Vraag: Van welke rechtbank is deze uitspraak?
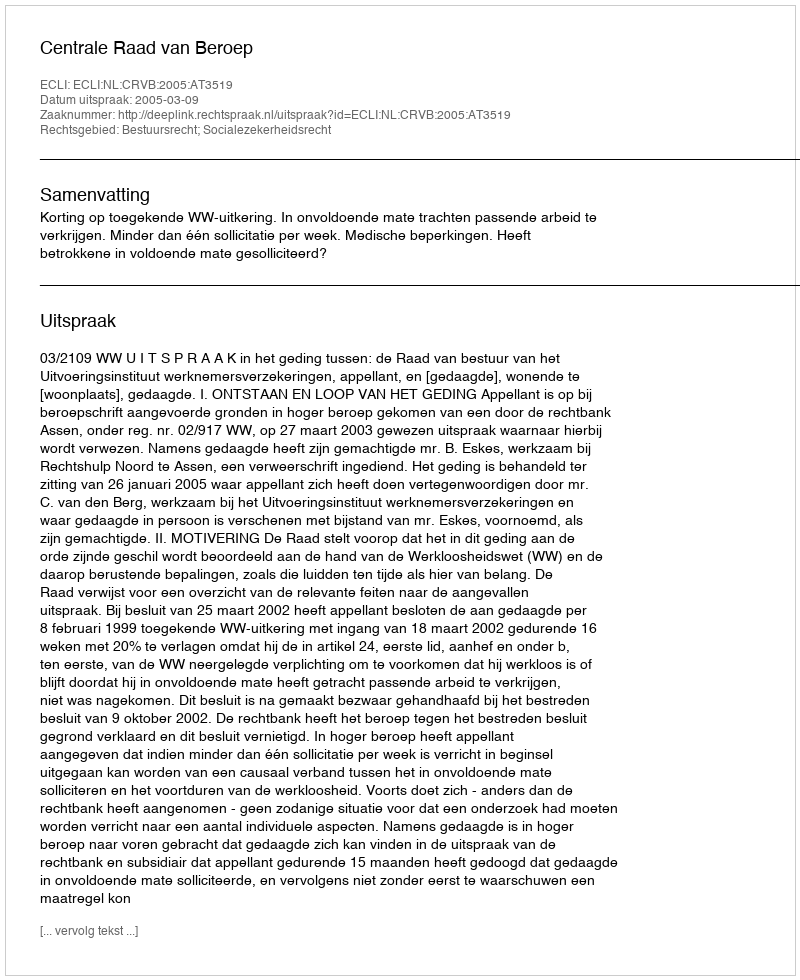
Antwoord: Centrale Raad van Beroep